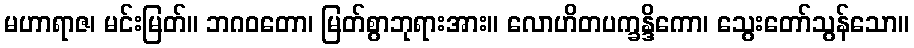
မဟာရာဇ၊ မင်းမြတ်။ ဘဂဝတော၊ မြတ်စွာဘုရားအား။ လောဟိတပက္ခန္ဒိကော၊ သွေးတော်သွန်သော။